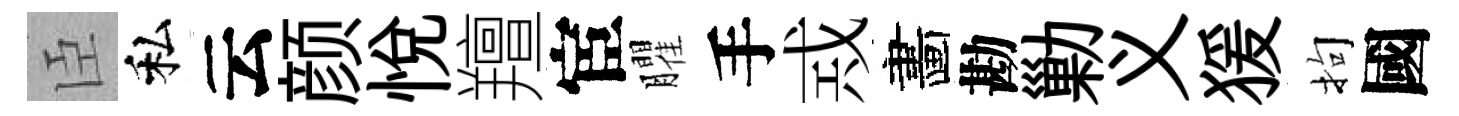
臣私云颜悦羶宦臞手𢦶畵勘勦义猨拘國